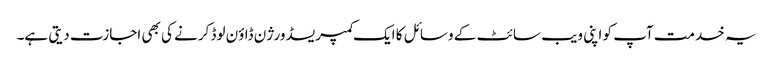
یہ خدمت آپ کو اپنی ویب سائٹ کے وسائل کا ایک کمپریسڈ ورژن ڈاؤن لوڈ کرنے کی بھی اجازت دیتی ہے۔